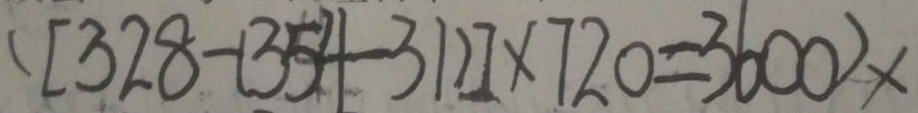
. [ 3 2 8 - ( 3 5 4 - 3 1 ) ] \times 7 2 0 = 3 6 0 0 2 \times